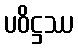
ပဝိဋ္ဌဿ